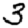
Digit: 3